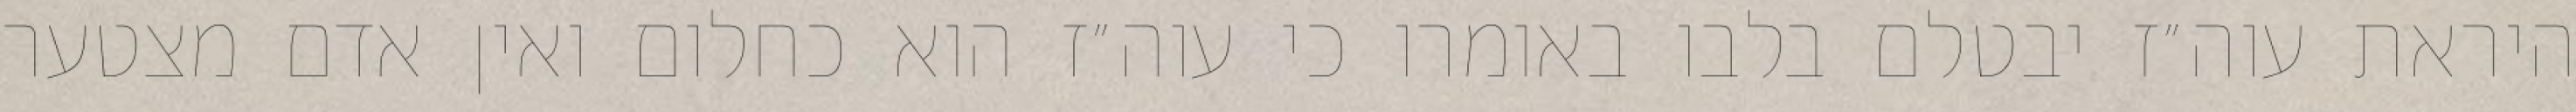
היראת עוה״ז יבטלם בלבו באומרו כי עוה״ז הוא כחלום ואין אדם מצטער